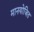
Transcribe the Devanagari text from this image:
मानयोजित